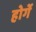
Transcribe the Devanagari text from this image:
होगेंं